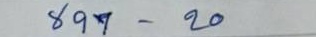
897 - 20